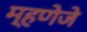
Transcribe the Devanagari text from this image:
म्हणेजे